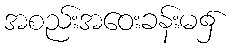
အစည်းအဝေးခန်းမ၌